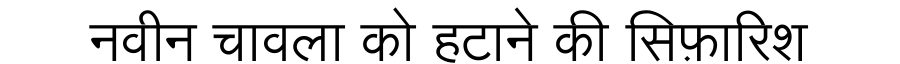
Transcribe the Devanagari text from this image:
नवीन चावला को हटाने की सिफ़ारिश